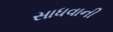
સાધવાની